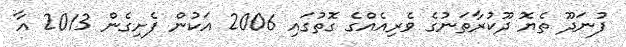
ފުނަދޫ ތެޔޮ ދޫކުރާތަނުގެ ވެރިއެއްގެ ގޮތުގައި 2006 އަކުން ފެށިގެން 2013 އާ